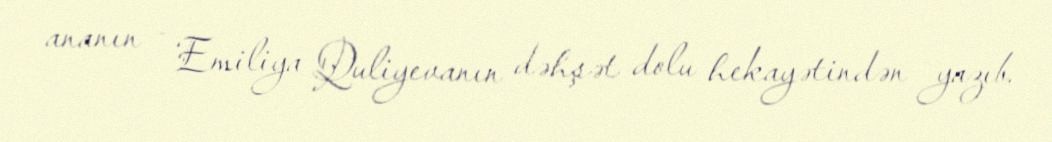
ananın - Emiliya Quliyevanın dəhşət dolu hekayətindən yazıb.